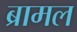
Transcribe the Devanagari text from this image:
ब्रामल